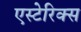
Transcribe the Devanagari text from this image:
एस्टेरिक्स